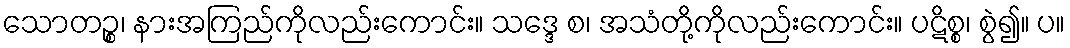
သောတဉ္စ၊ နားအကြည်ကိုလည်းကောင်း။ သဒ္ဒေ စ၊ အသံတို့ကိုလည်းကောင်း။ ပဋိစ္စ၊ စွဲ၍။ ပ။